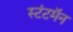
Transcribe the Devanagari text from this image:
स्टंटमॅन